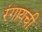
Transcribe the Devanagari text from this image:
रंगायची